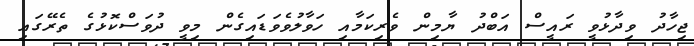
ޖިހާދު ވިދާޅުވީ ރައީސް އަބްދު ޔާމިން ވެރިކަމާއި ހަވާލުވެވަޑައިގެން މިވީ ދުވަސްކޮޅުގެ ތެރޭގައި